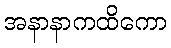
အနာနာကထိကော